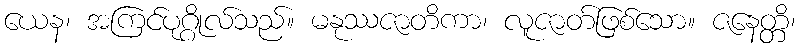
ယေန၊ အကြင်ပုဂ္ဂိုလ်သည်။ မနုဿဇာတိကာ၊ လူဇာတ်ဖြစ်သော။ ဇနေတ္တိ၊